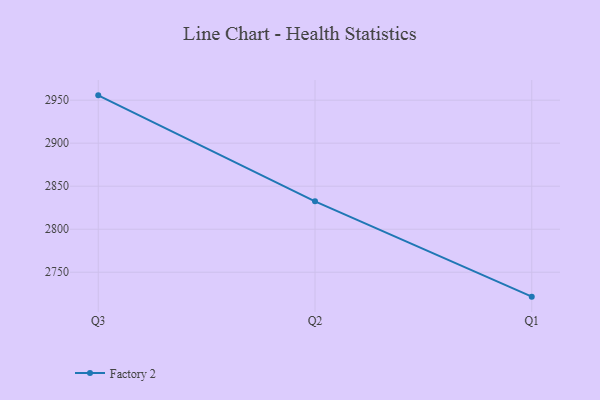
{"axis": {"x": "Quarter", "y": "Budget (USD K)"}, "legend": ["Factory 2"], "data": [{"x": "Q3", "y": 2955.6, "type": "Factory 2"}, {"x": "Q2", "y": 2832.4, "type": "Factory 2"}, {"x": "Q1", "y": 2721.6, "type": "Factory 2"}]}